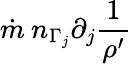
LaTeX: \dot{m}\: n_{\Gamma_{j}}\partial_{j}\frac{1}{\rho^{\prime}}